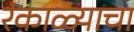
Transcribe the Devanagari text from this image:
रंकाळ्याचा